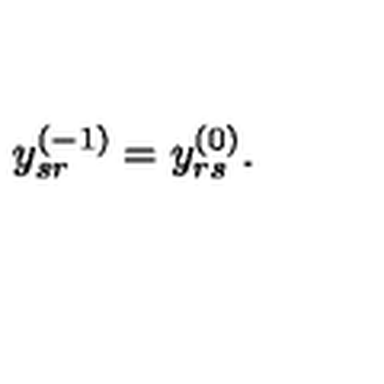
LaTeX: y _ { s r } ^ { ( - 1 ) } = y _ { r s } ^ { ( 0 ) } .